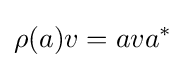
\rho (a)v=ava^{*}